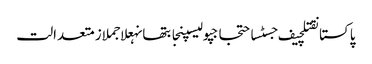
پاکستانقتلچیف جسٹساحتجاجپولیسپنجابتھانہعلاجملازمتعدالت